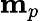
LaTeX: \mathbf{m}_{p}